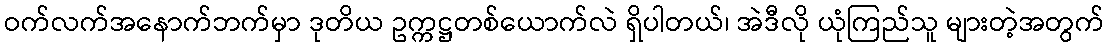
ဝက်လက်အနောက်ဘက်မှာ ဒုတိယ ဥက္ကဋ္ဌတစ်ယောက်လဲ ရှိပါတယ်၊ အဲဒီလို ယုံကြည်သူ များတဲ့အတွက်